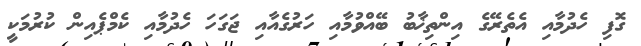
ގޮފި ހެދުމާއި އެތެރޭގެ އިންތިޚާބު ބޭއްވުމާއި ހަރުގެއާއި ޖަގަހަ ހެދުމާއި ކެމްޕެއިން ކުރުމަކީ